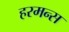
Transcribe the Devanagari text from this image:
हरमन्स